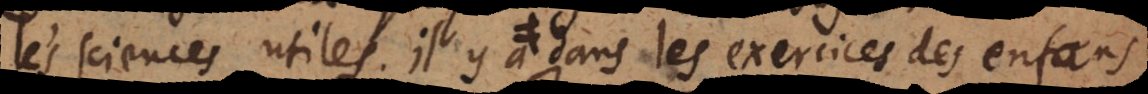
les sciences utiles. Il y a les exercices des enfans